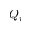
Q _ { i }